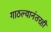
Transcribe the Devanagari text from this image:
गाठल्यानंतरही